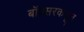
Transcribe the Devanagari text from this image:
बॉक्सरकडून